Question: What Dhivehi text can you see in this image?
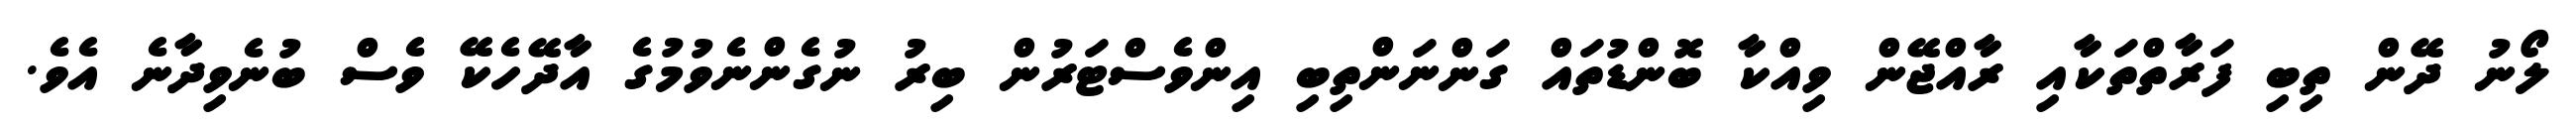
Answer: ލޯނު ދޭން ތިބި ފަރާތްތަކާއި ރާއްޖޭން ވިއްކާ ބޮންޑުތައް ގަންނަންތިބި އިންވެސްޓަރުން ބިރު ނުގެންނެވުމުގެ އާދޭހެކޭ ވެސް ބުނެވިދާނެ އެވެ.